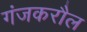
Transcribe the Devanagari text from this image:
गंजकरौल